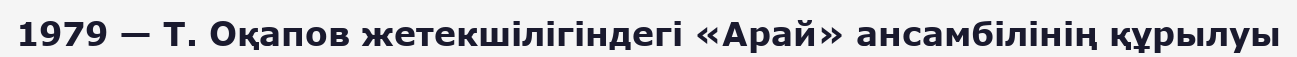
1979 — Т. Оқапов жетекшілігіндегі «Арай» ансамбілінің құрылуы